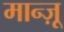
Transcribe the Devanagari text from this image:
मान्ज़ू